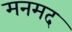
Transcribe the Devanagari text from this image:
मनमद